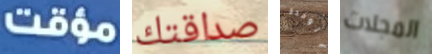
مؤقت صداقتك الوحدة المجلات